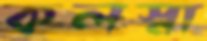
কলস্না